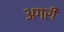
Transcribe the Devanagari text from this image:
अगरी